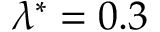
\lambda ^ { * } = 0 . 3